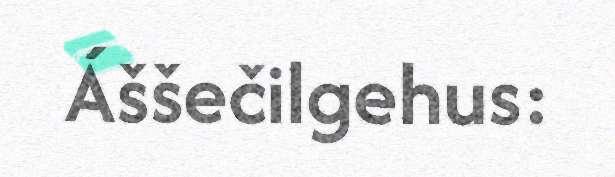
Áššečilgehus: